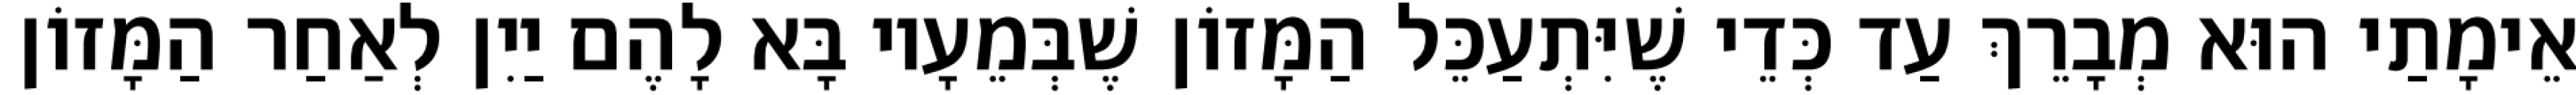
אֵימָתַי הוּא מְבָרֵךְ עַד כְּדֵי שֶׁיִּתְעַכֵּל הַמָּזוֹן שֶׁבְּמֵעָיו בָּא לָהֶם יַיִן לְאַחַר הַמָּזוֹן